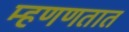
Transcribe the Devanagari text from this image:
म्हणणतात